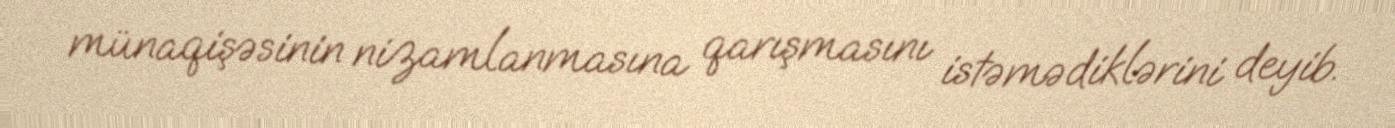
münaqişəsinin nizamlanmasına qarışmasını istəmədiklərini deyib.